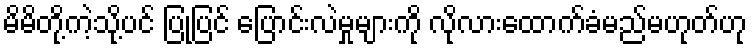
မိမိတို့ကဲ့သို့ပင် ပြုပြင် ပြောင်းလဲမှုများကို လိုလားထောက်ခံမည်မဟုတ်ဟု